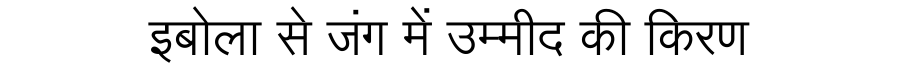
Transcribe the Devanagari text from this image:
इबोला से जंग में उम्मीद की किरण